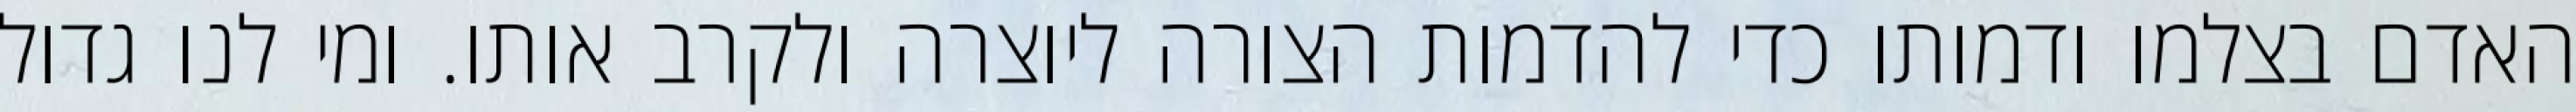
האדם בצלמו ודמותו כדי להדמות הצורה ליוצרה ולקרב אותו. ומי לנו גדול